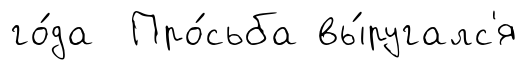
го́да Про́сьба вы́ругалс'я